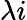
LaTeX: \lambda i